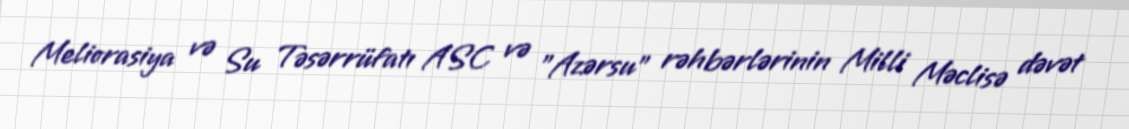
Meliorasiya və Su Təsərrüfatı ASC və "Azərsu" rəhbərlərinin Milli Məclisə dəvət